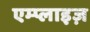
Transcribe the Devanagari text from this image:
एम्प्लाइज़